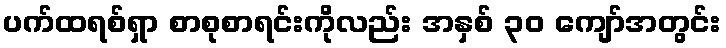
ပက်ထရစ်ရှာ စာစုစာရင်းကိုလည်း အနှစ် ၃၀ ကျော်အတွင်း